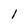
Character: 1